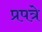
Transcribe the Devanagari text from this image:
प्रपत्रे